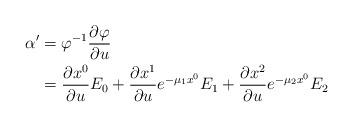
LaTeX: \begin{align*}\begin{aligned} \alpha'&=\varphi^{-1}\frac{\partial\varphi}{\partial u}\\ &=\frac{\partial x^0}{\partial u}E_0+\frac{\partial x^1}{\partial u}e^{-\mu_1x^0}E_1+\frac{\partial x^2}{\partial u}e^{-\mu_2x^0}E_2 \end{aligned}\end{align*}